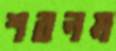
শবনম